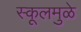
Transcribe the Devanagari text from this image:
स्कूलमुळे